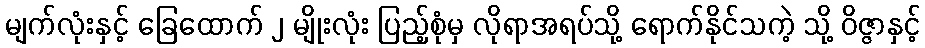
မျက်လုံးနှင့် ခြေထောက် ၂ မျိုးလုံး ပြည့်စုံမှ လိုရာအရပ်သို့ ရောက်နိုင်သကဲ့ သို့ ဝိဇ္ဇာနှင့်